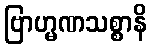
ဗြာဟ္မဏသစ္စာနိ